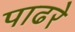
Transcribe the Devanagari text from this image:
पाढरे